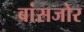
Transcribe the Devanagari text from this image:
बांसजोर